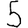
Digit: 5